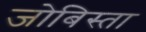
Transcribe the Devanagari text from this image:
जोबिस्ता